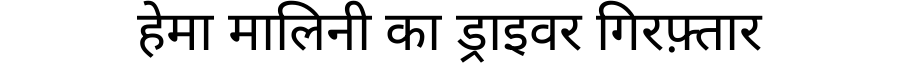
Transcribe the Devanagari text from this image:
हेमा मालिनी का ड्राइवर गिरफ़्तार